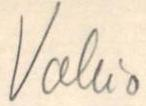
Vakio